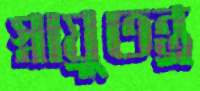
স্নায়ুতন্ত্র